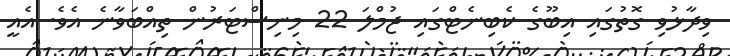
ވިދާޅުވި ގޮތުގައި އިބޫގެ ކެބިނެޓްގައި ޖުމްލަ 22 މިނިސްޓަރުން ތިއްބަވާނެ އެވެ. އެއީ